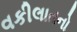
વકીલાતનો